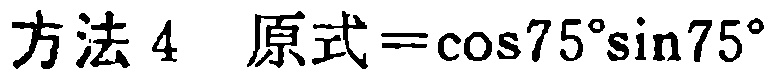
方法 4 原式=$\cos75^{\circ}\sin75^{\circ}$